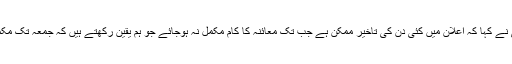
شریفہ زرماتی نے کہا کہ اعلان میں کئی دن کی تاخیر ممکن ہے جب تک معائنہ کا کام مکمل نہ ہوجائے جو ہم یقین رکھتے ہیں کہ جمعہ تک مکمل ہوجائے گا۔